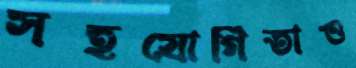
সহযোগিতাও